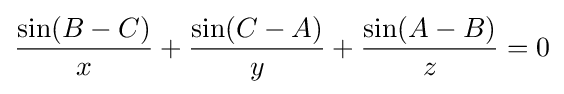
{\frac {\sin(B-C)}{x}}+{\frac {\sin(C-A)}{y}}+{\frac {\sin(A-B)}{z}}=0